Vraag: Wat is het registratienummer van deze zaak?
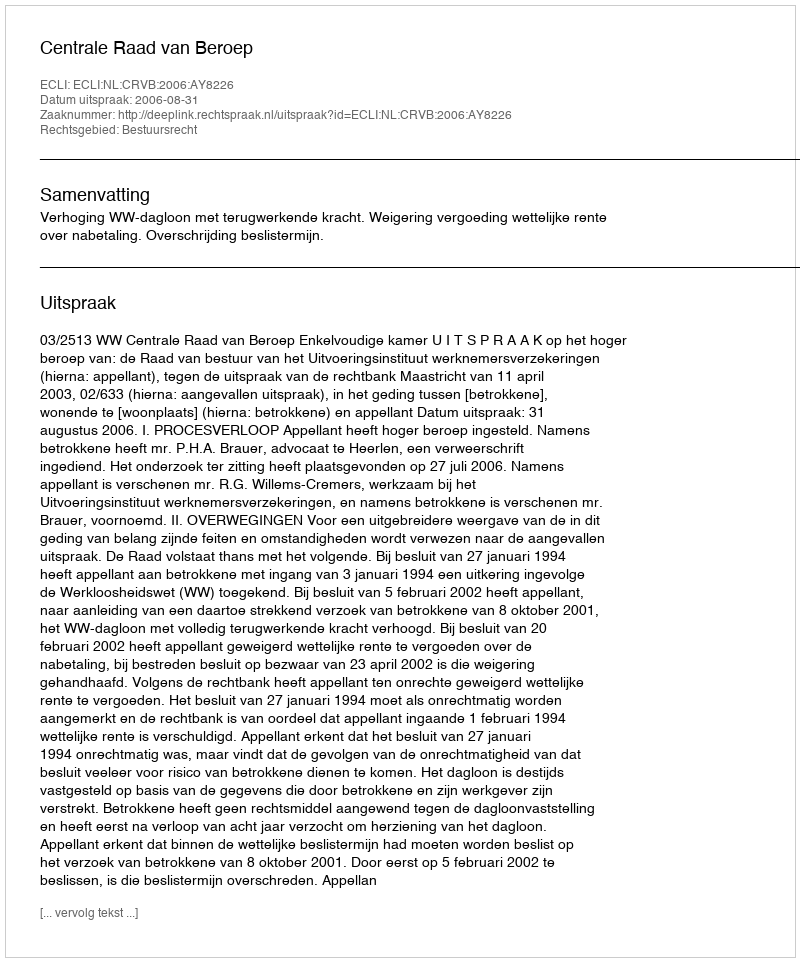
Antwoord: http://deeplink.rechtspraak.nl/uitspraak?id=ECLI:NL:CRVB:2006:AY8226